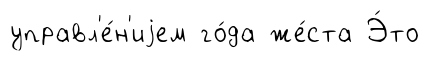
управл'е́н'иjем го́да же́ста Э́то